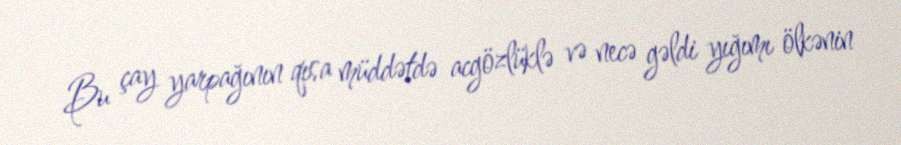
Bu çay yarpağının qısa müddətdə acgözlüklə və necə gəldi yığımı ölkənin